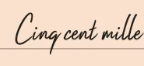
Cinq cent mille